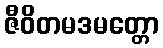
ဇီဝိတမဒမတ္တော